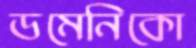
ডমেনিকো